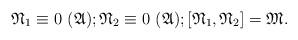
LaTeX: \begin{align*}\mathfrak{N}_{1} \equiv 0\ (\mathfrak{A}); \mathfrak{N}_{2} \equiv 0\ (\mathfrak{A}); [\mathfrak{N}_{1}, \mathfrak{N}_{2}] = \mathfrak{M}.\end{align*}